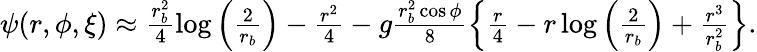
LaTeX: \begin{array}{r}{\psi(r,\phi,\xi)\approx\frac{r_{b}^{2}}{4}\log\left(\frac{2}{r_{b}}\right)-\frac{r^{2}}{4}-g\frac{r_{b}^{2}\cos\phi}{8}\left\{ \frac{r}{4}-r\log\left(\frac{2}{r_{b}}\right)+\frac{r^{3}}{r_{b}^{2}}\right\} .}\end{array}